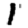
Digit: 1